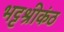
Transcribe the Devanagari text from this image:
भट्टश्रीकंठ